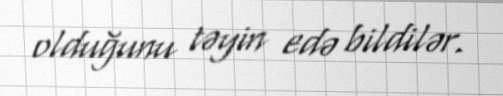
olduğunu təyin edə bildilər.